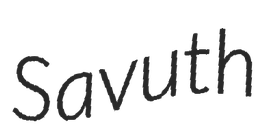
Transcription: Savuth